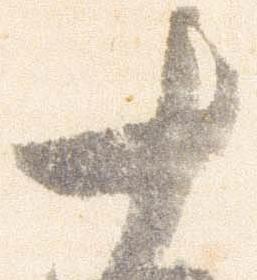
十